Report of the veterinary officer investigating camel disease
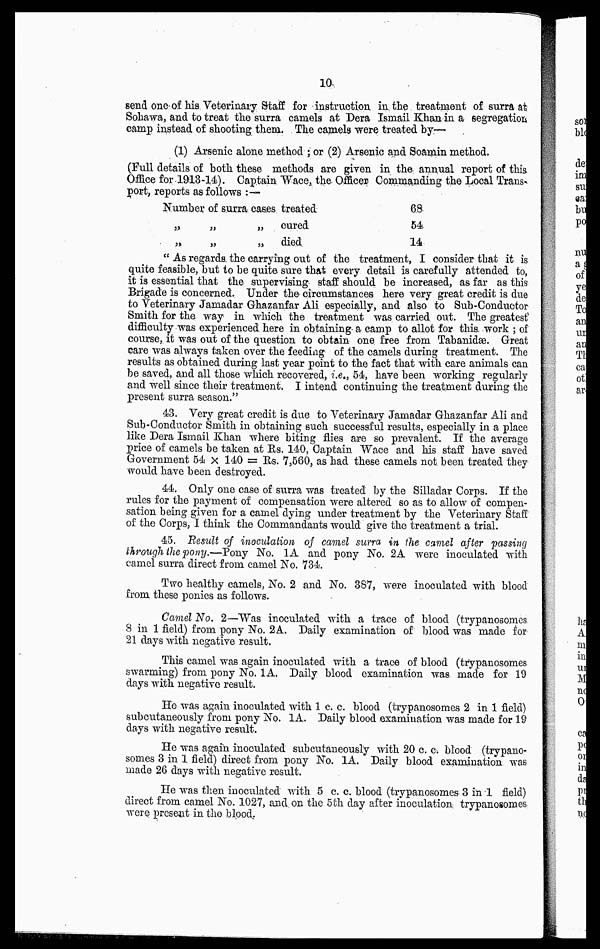
10
send one of his. Veterinary Staff for instruction in the treatment of surra at
Sohawa, and to treat the surra camels at Dera Ismail Khan in a segregation
camp instead of shooting them. The camels were treated by—
(1) Arsenic alone method ; or (2) Arsenic and Soamin method.
(Full details of both these methods are given in the. annual report of this
Office for 1913-14). Captain "Wace, the Officer- Commanding the Local Trans-
port, reports as follows :—
Number
„
„
of surra.
„
„
cases
„
„
treated
cured
died
68
54
14
" As regards the carrying out of the treatment, I consider that it is
quite feasible, but to be quite sure that every detail is carefully attended to,
it is essential that the supervising staff should be increased, as far as this
Brigade is concerned. Under the circumstances here very great credit is due
to Veterinary Jamadar Ghazanfar Ali especially, and also to Sub-Conductor
Smith for the way in which the treatment was carried out. The greatest
difficulty was experienced here in obtaining a camp to allot for this work ; of
course, it was out of the question to obtain one free from Tabanidae. Great
care was always taken over the feeding of the camels during treatment. The
results as obtained during last year point to the fact that with care animals can
be saved, and all those which recovered, i.e., 54, have been working regularly
and well since their treatment. I intend continuing the treatment during the
present surra season."
43. Very great credit is due to Veterinary Jamadar Ghazanfar Ali and
Sub-Conductor Smith in obtaining such successful results, especially in a place
like Dera Ismail Khan where biting flies are so prevalent. If the average
price of camels be taken at Rs. 140, Captain Wace and his staff have saved
Government 54 x 140 = Rs. 7,560, as had these camels not. been treated they
would have been destroyed.
44. Only one case of surra was treated by the Silladar Corps. If the
rules for the payment of compensation were altered so as to allow of compen-
sation being given for a camel dying under treatment by the Veterinary Staff
of the Corps, I think the Commandants would give the treatment a trial.
45. Result of inoculation of camel surra in the camel after passing
through the pony.—Pony No. 1A and pony No. 2A were inoculated with
camel surra direct from camel No. 734.
Two healthy camels, No. 2 and No. 387, were inoculated with blood
from these ponies as follows.
Camel No. 2—"Was inoculated with a trace of blood (trypanosomes
8 in 1 field) from pony No. 2A. Daily examination of blood was made for
21 days with negative result.
This camel was again inoculated with a trace of blood (trypanosomes
swarming) from pony No. 1A. Daily blood examination was made for 19
days with negative result.
He was again inoculated with 1 c. c. blood (trypanosomes 2 in 1 field)
subcutaneously from pony No. 1A. Daily blood examination was made for 19
days with negative result.
He was again inoculated subcutaneously with 20 c. c. blood (trypano-
somes 3 in I field) direct from pony No. 1A. Daily blood examination was
made 26 days with negative result.
He was then inoculated with 5 c. c. blood (trypanosomes: 3 in 1 field)
direct from camel No. 1027, and on the 5th day after inoculation; trypanosomes,
were present in the blood.